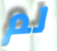
لم